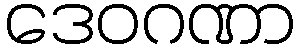
ဒေဝဂဏာ